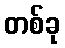
တစ်ခု